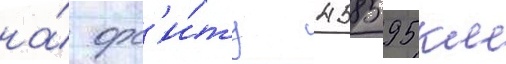
на́ орб'и́ту 458595 км